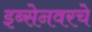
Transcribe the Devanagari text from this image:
इब्सेनवरचे